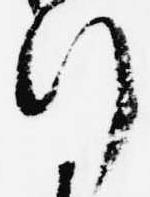
行